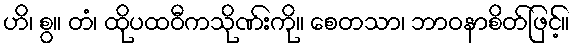
ဟိ၊ စွ။ တံ၊ ထိုပထဝီကသိုဏ်းကို။ စေတသာ၊ ဘာဝနာစိတ်ဖြင့်။